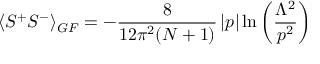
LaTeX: \langle S ^ { + } S ^ { - } \rangle _ { G F } = - \frac { 8 } { 1 2 \pi ^ { 2 } ( N + 1 ) } \left| p \right| \ln \left( \frac { \Lambda ^ { 2 } } { p ^ { 2 } } \right)